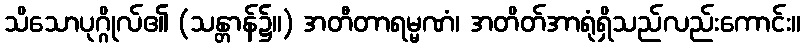
သိသောပုဂ္ဂိုလ်၏ (သန္တာန်၌။) အတီတာရမ္မဏံ၊ အတိတ်အာရုံရှိသည်လည်းကောင်း။